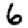
Digit: 6